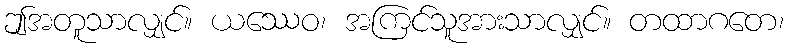
ဤအတူသာလျှင်။ ယဿေဝ၊ အကြင်သူအားသာလျှင်။ တထာဂတေ၊